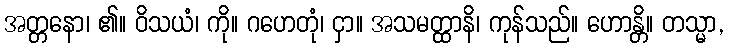
အတ္တနော၊ ၏။ ဝိသယံ၊ ကို။ ဂဟေတုံ၊ ငှာ။ အသမတ္ထာနိ၊ ကုန်သည်။ ဟောန္တိ။ တသ္မာ,